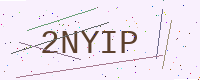
Text: 2NYIP